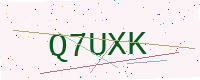
Text: Q7UXK